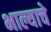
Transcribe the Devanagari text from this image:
भाल्याचे